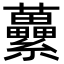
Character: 虆